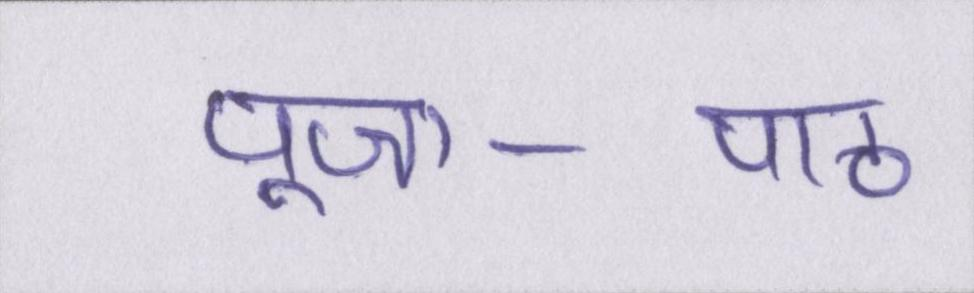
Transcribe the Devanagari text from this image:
पूजा-पाठ